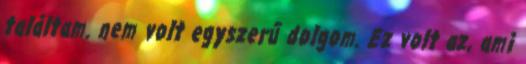
találtam. nem volt egyszerű dolgom. Ez volt az, ami